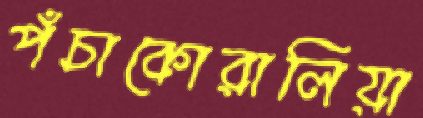
পঁচাকোরালিয়া